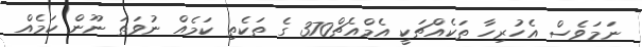
ނަމަވެސް އެހުރިހާ ތަކެއްޗަކީ އެމްއެޗް370 ގެ ތަކެތި ކަމެއް ނުވަތަ ނޫން ކަމެއް